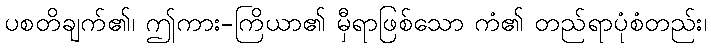
ပစတိချက်၏၊ ဤကား-ကြိယာ၏ မှီရာဖြစ်သော ကံ၏ တည်ရာပုံစံတည်း၊